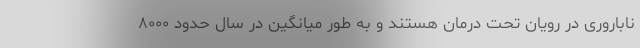
ناباروری در رویان تحت درمان هستند و به طور میانگین در سال حدود ۸۰۰۰